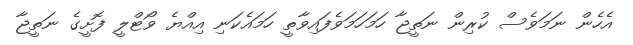
އެހެން ނަމަވެސް ކުރިން ނަތީޖާ ހަމަހަަމަވެފައިވާތީ ހަމައެކަނި އިއްޔެ ވޯޓްލީ ފޮށީގެ ނަތީޖާ